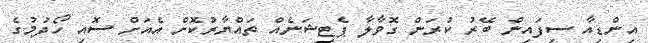
އިންޑިއާ ސިފައިން ބޭރު ކުރަން ގޮވާލާ ޕެޓިޝަނެއް ތައްޔާރުކޮށް އެއަށް ސޮއި ހޯދުމުގެ